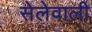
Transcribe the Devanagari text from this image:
सेलेवाली